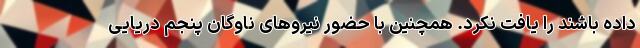
داده باشند را یافت نکرد. همچنین با حضور نیرو‌های ناوگان پنجم دریایی